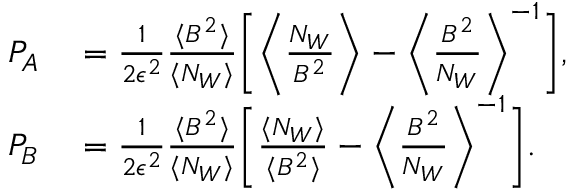
\begin{array} { r l } { P _ { A } } & { { } = \frac { 1 } { 2 \epsilon ^ { 2 } } \frac { \langle B ^ { 2 } \rangle } { \langle N _ { W } \rangle } \bigg [ \bigg \langle \frac { N _ { W } } { B ^ { 2 } } \bigg \rangle - \bigg \langle \frac { B ^ { 2 } } { N _ { W } } \bigg \rangle ^ { - 1 } \bigg ] , } \\ { P _ { B } } & { { } = \frac { 1 } { 2 \epsilon ^ { 2 } } \frac { \langle B ^ { 2 } \rangle } { \langle N _ { W } \rangle } \bigg [ \frac { \langle N _ { W } \rangle } { \langle B ^ { 2 } \rangle } - \bigg \langle \frac { B ^ { 2 } } { N _ { W } } \bigg \rangle ^ { - 1 } \bigg ] . } \end{array}